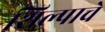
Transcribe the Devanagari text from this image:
शिल्पाचे